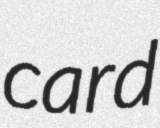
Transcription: card